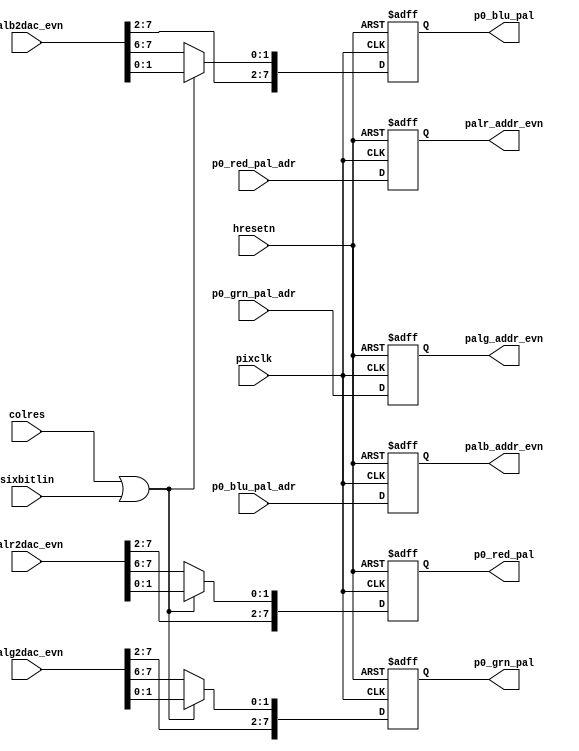
module ram_ctl
  (
   input		pixclk, 
   input                hresetn,  
   input                colres,
   input                sixbitlin,
   input [7:0]   	p0_red_pal_adr, 
   input [7:0]          p0_grn_pal_adr, 
   input [7:0]          p0_blu_pal_adr,
   input [7:0] 		palr2dac_evn,
   input [7:0]          palg2dac_evn,
   input [7:0]          palb2dac_evn,
   
   output reg [7:0]	p0_red_pal, 	// Output to Dac.
   output reg [7:0]	p0_grn_pal, 	// Output to Dac.
   output reg [7:0]	p0_blu_pal, 	// Output to Dac.
   output reg [7:0]     palr_addr_evn,
   output reg [7:0]     palg_addr_evn,
   output reg [7:0]     palb_addr_evn
   );
  
  wire 	  apply_lin = ! (colres | sixbitlin);

  //---------------------- address for palette -----
  always @( posedge pixclk or   negedge hresetn)
    if (!hresetn) begin
      palr_addr_evn <= 8'b0;
      palg_addr_evn <= 8'b0;
      palb_addr_evn <= 8'b0;
    end else begin
      palr_addr_evn <= p0_red_pal_adr;
      palg_addr_evn <= p0_grn_pal_adr;
      palb_addr_evn <= p0_blu_pal_adr;
    end

  //-------------- Mux the odd / even data from palette -----
  always @( posedge pixclk or   negedge hresetn)
    if (!hresetn) begin
      p0_red_pal  <= 8'b0;
      p0_grn_pal  <= 8'b0;
      p0_blu_pal  <= 8'b0;
    end else begin
      p0_red_pal <= apply_lin ? {palr2dac_evn[7:2] ,palr2dac_evn[7:6]} : 
		    palr2dac_evn ;
      p0_grn_pal <= apply_lin ? {palg2dac_evn[7:2] ,palg2dac_evn[7:6]} : 
		    palg2dac_evn ;
      p0_blu_pal <= apply_lin ? {palb2dac_evn[7:2] ,palb2dac_evn[7:6]} : 
		    palb2dac_evn ;
    end

endmodule